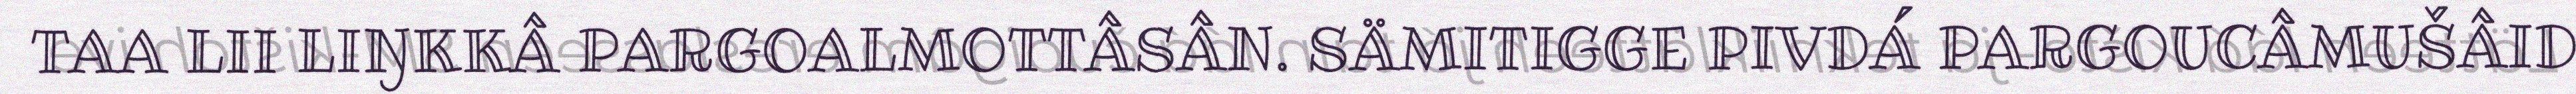
TAA LII LIŊKKÂ PARGOALMOTTÂSÂN. SÄMITIGGE PIVDÁ PARGOUCÂMUŠÂID